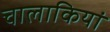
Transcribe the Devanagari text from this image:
चालाकियां